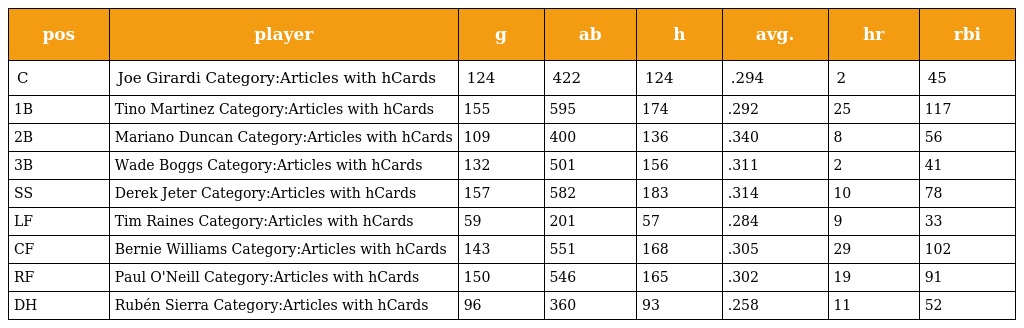
| pos | player | g | ab | h | avg. | hr | rbi |
 | --- | --- | --- | --- | --- | --- | --- | --- |
 | C | Joe Girardi Category:Articles with hCards | 124 | 422 | 124 | .294 | 2 | 45 |
 | 1B | Tino Martinez Category:Articles with hCards | 155 | 595 | 174 | .292 | 25 | 117 |
 | 2B | Mariano Duncan Category:Articles with hCards | 109 | 400 | 136 | .340 | 8 | 56 |
 | 3B | Wade Boggs Category:Articles with hCards | 132 | 501 | 156 | .311 | 2 | 41 |
 | SS | Derek Jeter Category:Articles with hCards | 157 | 582 | 183 | .314 | 10 | 78 |
 | LF | Tim Raines Category:Articles with hCards | 59 | 201 | 57 | .284 | 9 | 33 |
 | CF | Bernie Williams Category:Articles with hCards | 143 | 551 | 168 | .305 | 29 | 102 |
 | RF | Paul O'Neill Category:Articles with hCards | 150 | 546 | 165 | .302 | 19 | 91 |
 | DH | Rubén Sierra Category:Articles with hCards | 96 | 360 | 93 | .258 | 11 | 52 |